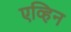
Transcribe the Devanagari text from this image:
एव्हिन